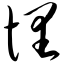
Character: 悝